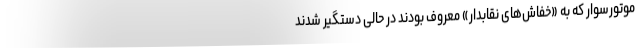
موتورسوار که به «خفاش‌های نقابدار» معروف بودند در حالی دستگیر شدند